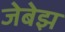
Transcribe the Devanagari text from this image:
जेबेझ